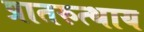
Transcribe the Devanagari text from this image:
प्रातरुत्थाय